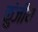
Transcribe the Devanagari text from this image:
कुंजीय